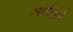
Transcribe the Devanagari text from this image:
त्यादिशेने